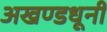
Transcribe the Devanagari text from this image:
अखण्डधूनी